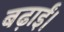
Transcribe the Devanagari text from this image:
बढ़ाईं।